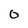
Character: 0